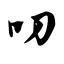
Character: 叨